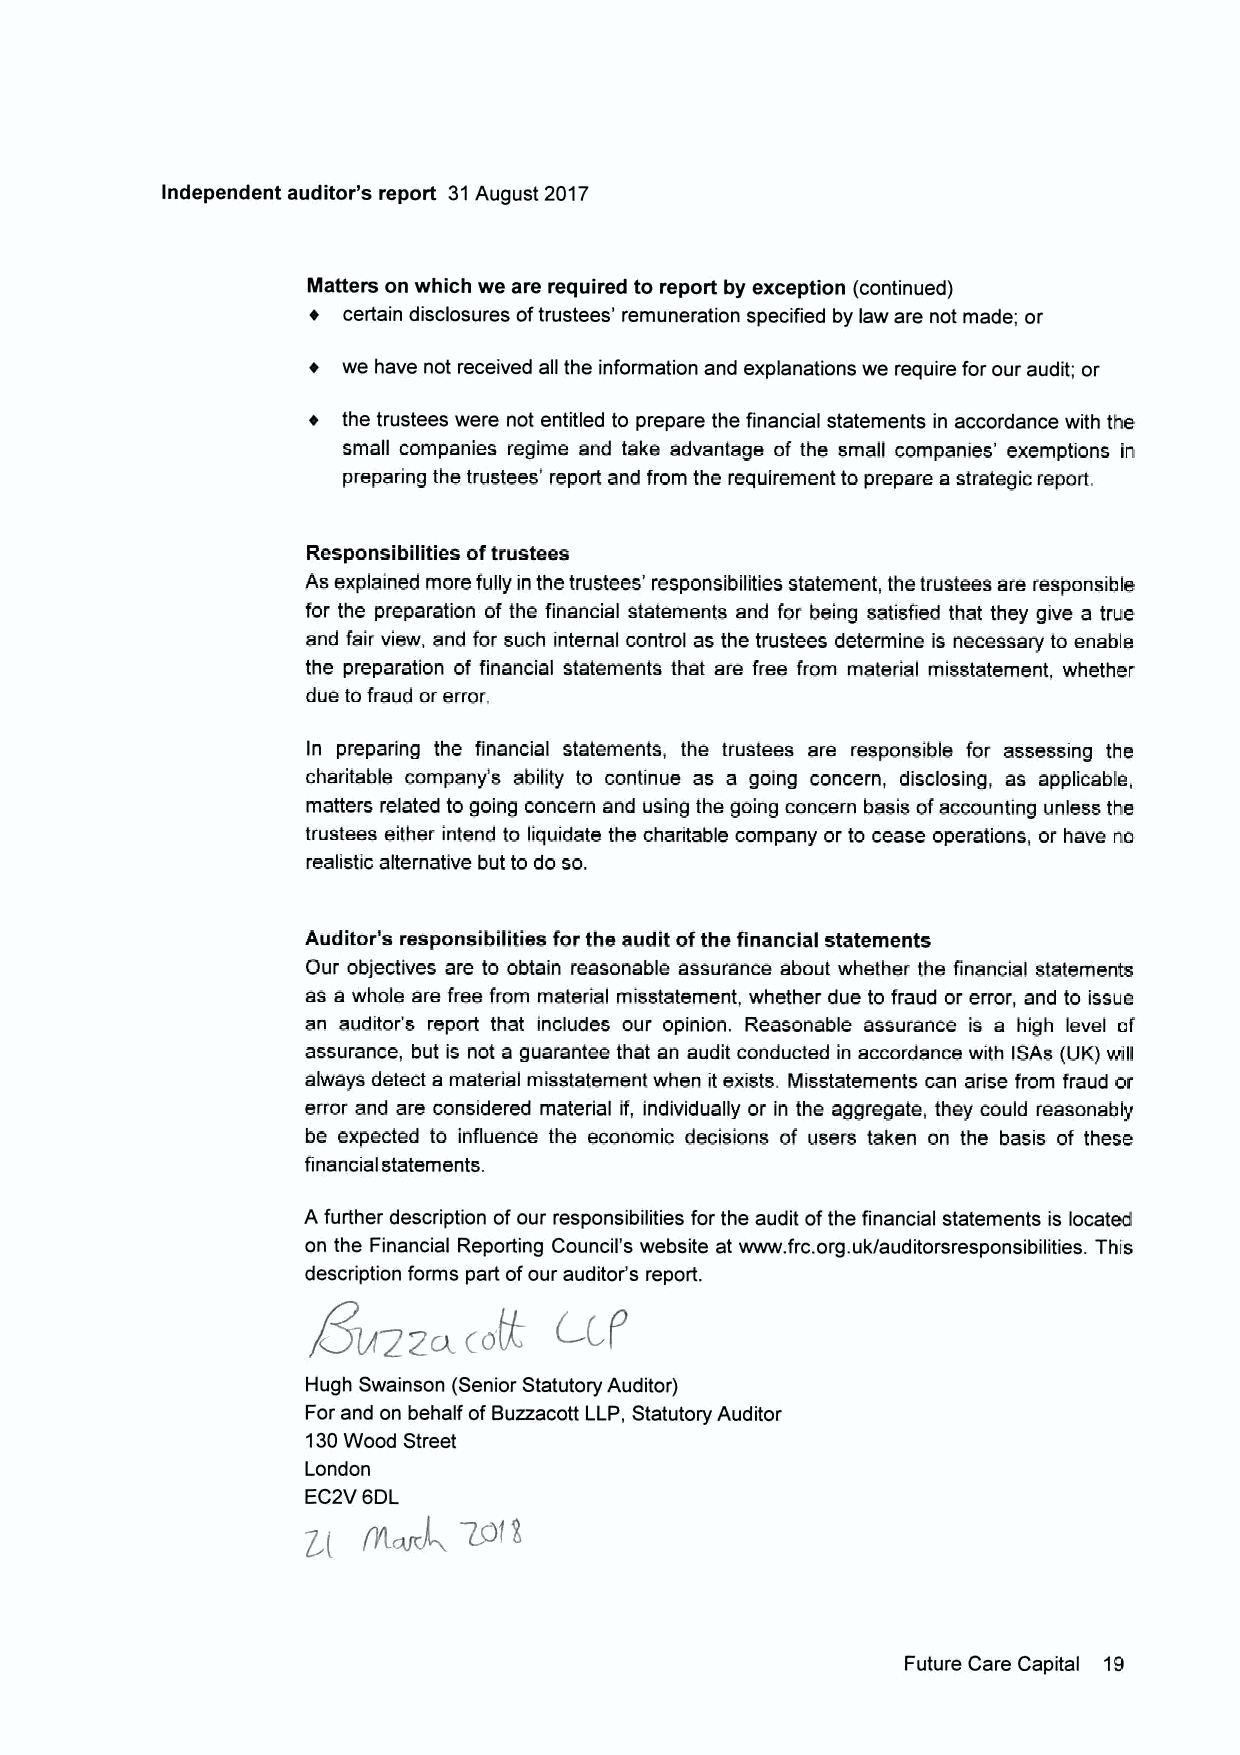
Independent auditor's report 31August 2017
 Matters on which we are required to report by exception (continued)
 cerlain disclosures oftrustees' remuneration specified by law are not made; or
 we have not received all the information and explanations we require forour audit; or
 the trustees were not entitled to prepare the financial statements in accordance with the
 small companies regime and take advantage of the small companies' exemptions in
 preparing the trustees' report and from the requirement to prepare a strategic report.
 Responstbilities oftrustees
 As explained more fully in the trustees' responsibilities statement, the trustees are responsible
 for the preparation of the financial statements and for being satisfied that they give a true
 and fair view, and for such internal control as the trustees determine is necessary to enable
 the preparation of financial statements that are free from material misstatement, whether
 due to fraud or error.
 In preparing the financial statements, the trustees are responsible for assessing the
 charitable company's ability to continue as a going concern, disclosing, as applicable,
 matters related to going concern and using the going concern basis ofaccounting unless the
 trustees either intend to liquidate the charitable company or to cease operations, or have no
 realistic alternative but to do so.
 Auditor's responsibilities for the audit ofthe financial statements
 Our objectives are to obtain reasonable assumnce about whether the financial statements
 as e whole are free from material misstatement, whether due to fraud or error, and to issue
 an auditor's report that includes our opinion. Reasonable assurance is a high level of
 assurance, but is not a guarantee that an audit conducted in accordance with ISAs (UK) will
 always detect a material misstatement when it exists. Misstatements can arise from fraud or
 error and are considered material if, individually or in the aggregate, they could reasonably
 be expected to influence the economic decisions of users taken on the basis of these
 financial statements.
 A further description ofour responsibilities for the audit ofthe financial statements is located
 on the Financial Reporting Council's website at www. frc.org.uk/auditorsresponsibilities. This
 description forms part ofour auditor's report.
 Hugh Swainson (Senior Statutory Auditor)
 For and on behalf ofBuxzacott LLP, Statutory Auditor
 130Wood Street
 London
 EC2VBDL
 rnWwj~
 Z.(
 Future Care Capital 19